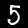
Digit: 5